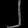
Digit: ၂